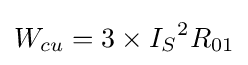
W_{cu}={3}\times {{I_{S}}^{2}{R_{01}}}